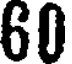
60